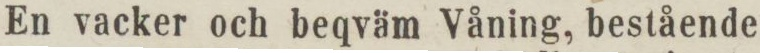
En vacker och beqväm Våning, bestående